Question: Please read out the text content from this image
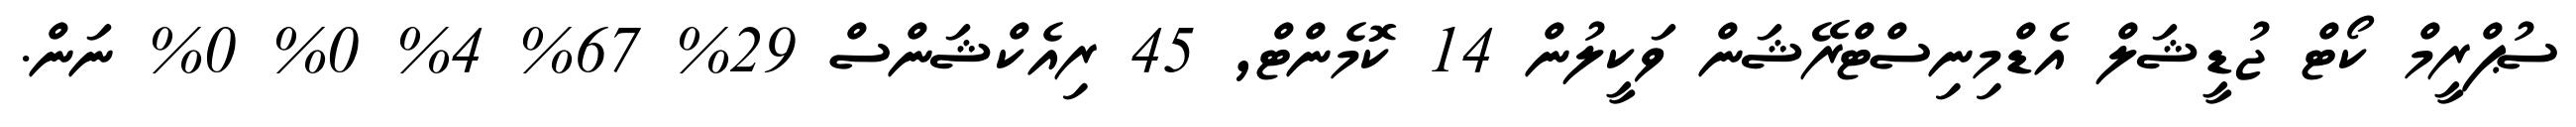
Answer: ސުޕްރީމް ކޯޓް ޖުޑީޝަލް އެޑްމިނިސްޓްރޭޝަން ވަކީލުން 14 ކޮމެންޓް, 45 ރިއެކްޝަންސް 29% 67% 4% 0% 0% ނަން.